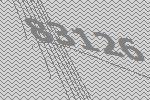
83126